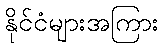
နိုင်ငံများအကြား